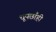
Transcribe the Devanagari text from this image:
धूपछाँही